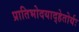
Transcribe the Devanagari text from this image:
प्रातिभोदयाद्हेतोर्यः